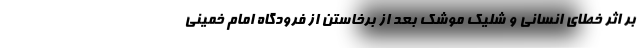
بر اثر خطای انسانی و شلیک موشک بعد از برخاستن از فرودگاه امام خمینی